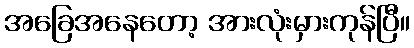
အခြေအနေတော့ အားလုံးမှားကုန်ပြီ။